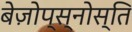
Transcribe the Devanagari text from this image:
बेज़ोप्स्नोस्ति